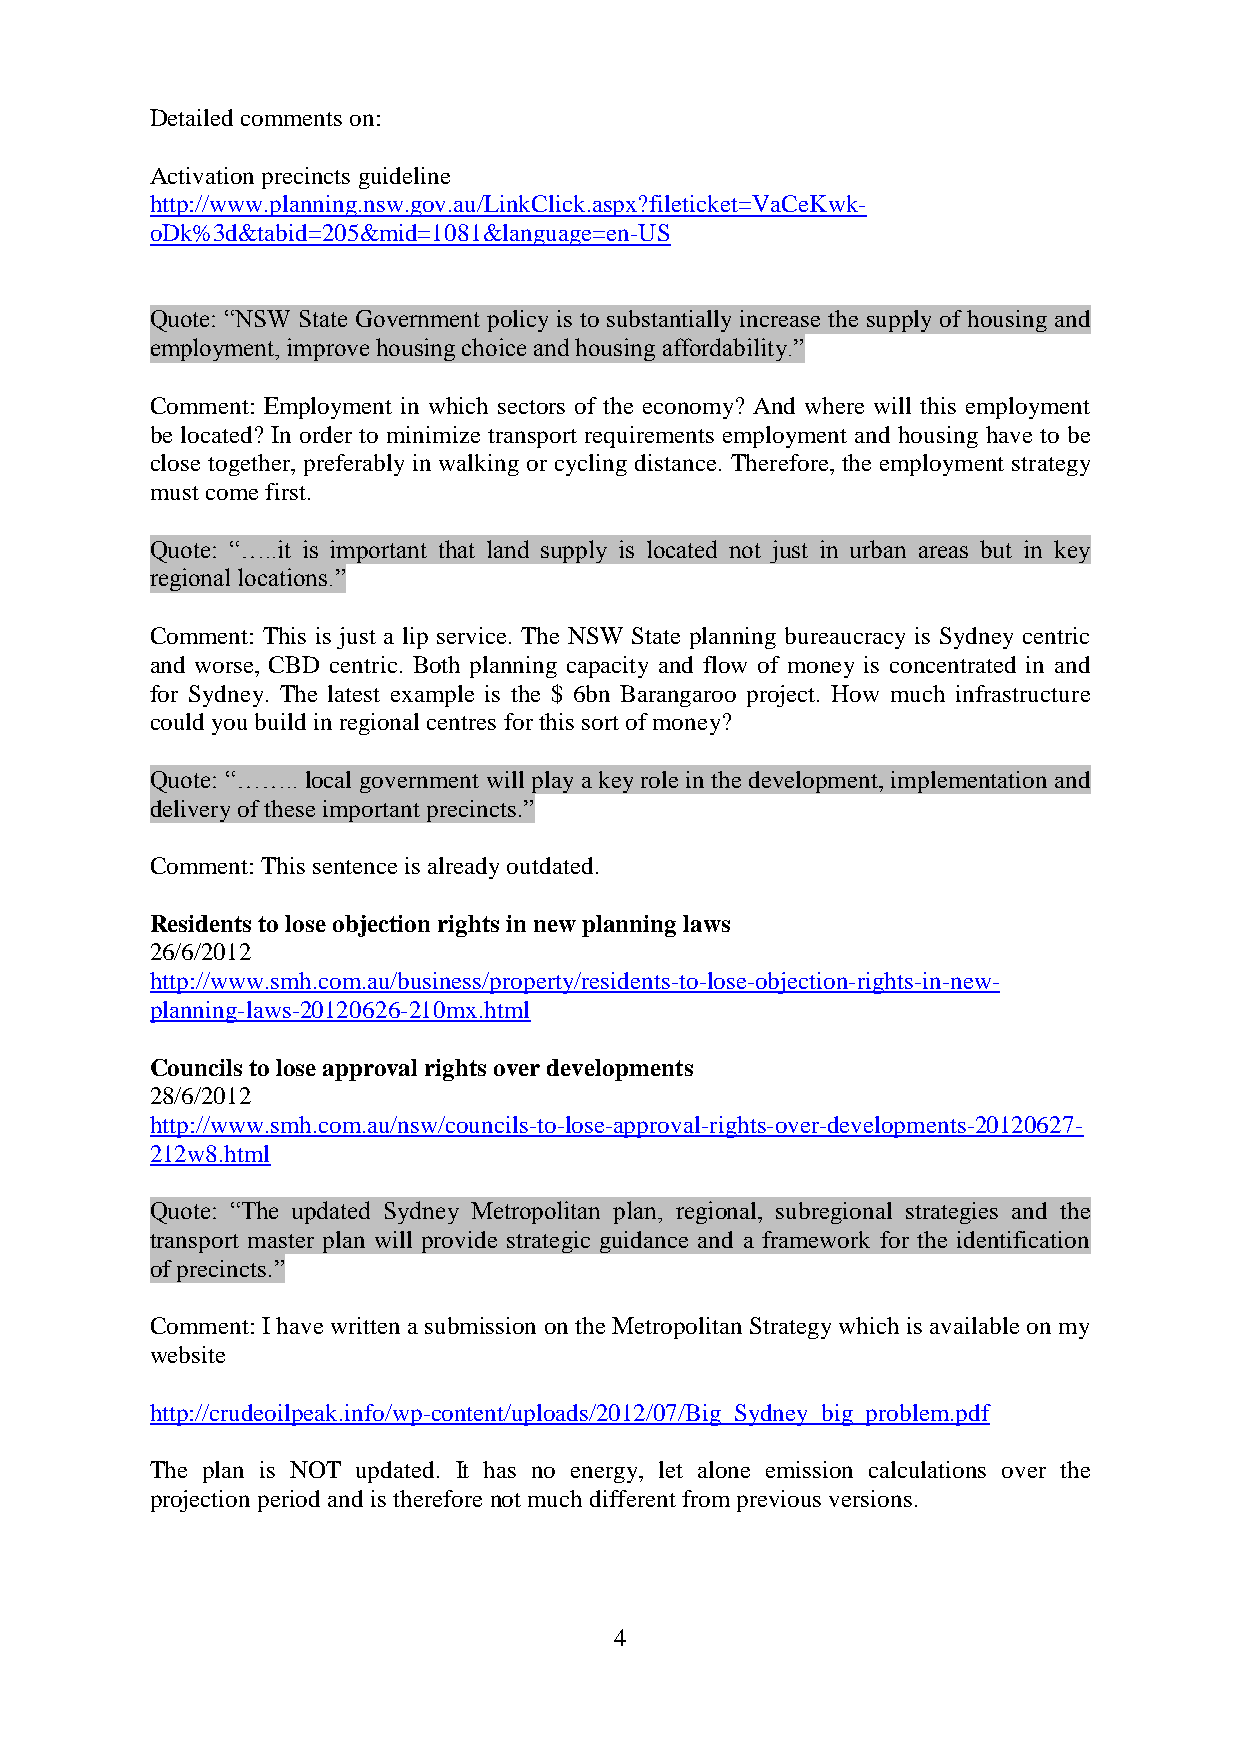
Detailed comments on:
 Activation precincts guideline
 http://www.planning.nsw.gov.au/LinkClick.aspx?fileticket=VaCeKwk-
 oDk%3d&tabid=205&mid=1081&language=en-US
 Quote: “NSW State Government policy is to substantially increase the supply of housing and
 employment, improve housing choice and housing affordability.”
 Comment: Employment in which sectors of the economy? And where will this employment
 be located? In order to minimize transport requirements employment and housing have to be
 close together, preferably in walking or cycling distance. Therefore, the employment strategy
 must come first.
 Quote: “…..it is important that land supply is located not just in urban areas but in key
 regional locations.”
 Comment: This is just a lip service. The NSW State planning bureaucracy is Sydney centric
 and worse, CBD centric. Both planning capacity and flow of money is concentrated in and
 for Sydney. The latest example is the $ 6bn Barangaroo project. How much infrastructure
 could you build in regional centres for this sort of money?
 Quote: “…….. local government will play a key role in the development, implementation and
 delivery of these important precincts.”
 Comment: This sentence is already outdated.
 Residents to lose objection rights in new planning laws
 26/6/2012
 http://www.smh.com.au/business/property/residents-to-lose-objection-rights-in-new-
 planning-laws-20120626-210mx.html
 Councils to lose approval rights over developments
 28/6/2012
 http://www.smh.com.au/nsw/councils-to-lose-approval-rights-over-developments-20120627-
 212w8.html
 Quote: “The updated Sydney Metropolitan plan, regional, subregional strategies and the
 transport master plan will provide strategic guidance and a framework for the identification
 of precincts.”
 Comment: I have written a submission on the Metropolitan Strategy which is available on my
 website
 http://crudeoilpeak.info/wp-content/uploads/2012/07/Big_Sydney_big_problem.pdf
 The plan is NOT updated. It has no energy, let alone emission calculations over the
 projection period and is therefore not much different from previous versions.
 4